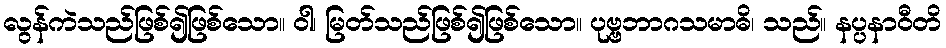
လွန်ကဲသည်ဖြစ်၍ဖြစ်သော။ ဝါ၊ မြတ်သည်ဖြစ်၍ဖြစ်သော။ ပုဗ္ဗဘာဂသမာဓိ၊ သည်။ နပ္ပနာဝီတိ